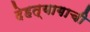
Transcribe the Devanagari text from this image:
देहत्यागाची